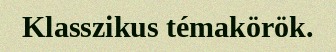
Klasszikus témakörök.